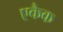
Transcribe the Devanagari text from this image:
एकैक